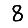
Digit: 8